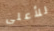
للأعلى